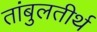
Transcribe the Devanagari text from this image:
तांबुलतीर्थ